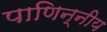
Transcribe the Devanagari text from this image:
पाणिन्नीय